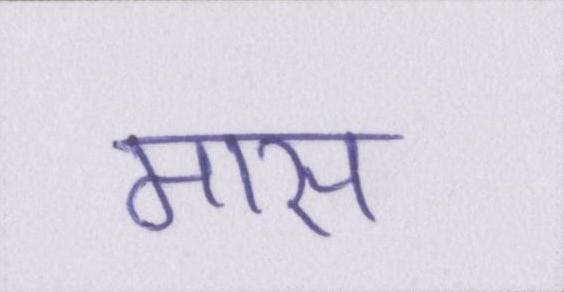
मास